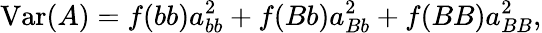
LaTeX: \mathrm{Var}(A)=f(bb)a_{bb}^{2}+f(Bb)a_{Bb}^{2}+f(BB)a_{BB}^{2},